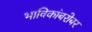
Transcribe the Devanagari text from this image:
भाविकांबरोबर